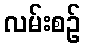
လမ်းစဉ်